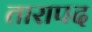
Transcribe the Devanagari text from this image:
तारापद